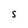
Character: S